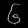
Digit: ၆